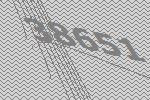
38651